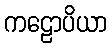
ကဠောပိယာ